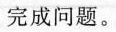
完成问题。